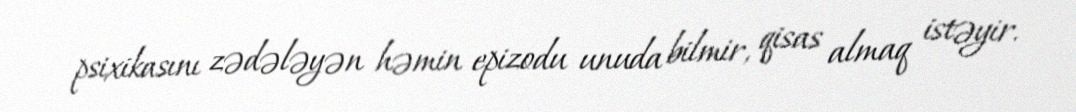
psixikasını zədələyən həmin epizodu unuda bilmir, qisas almaq istəyir.